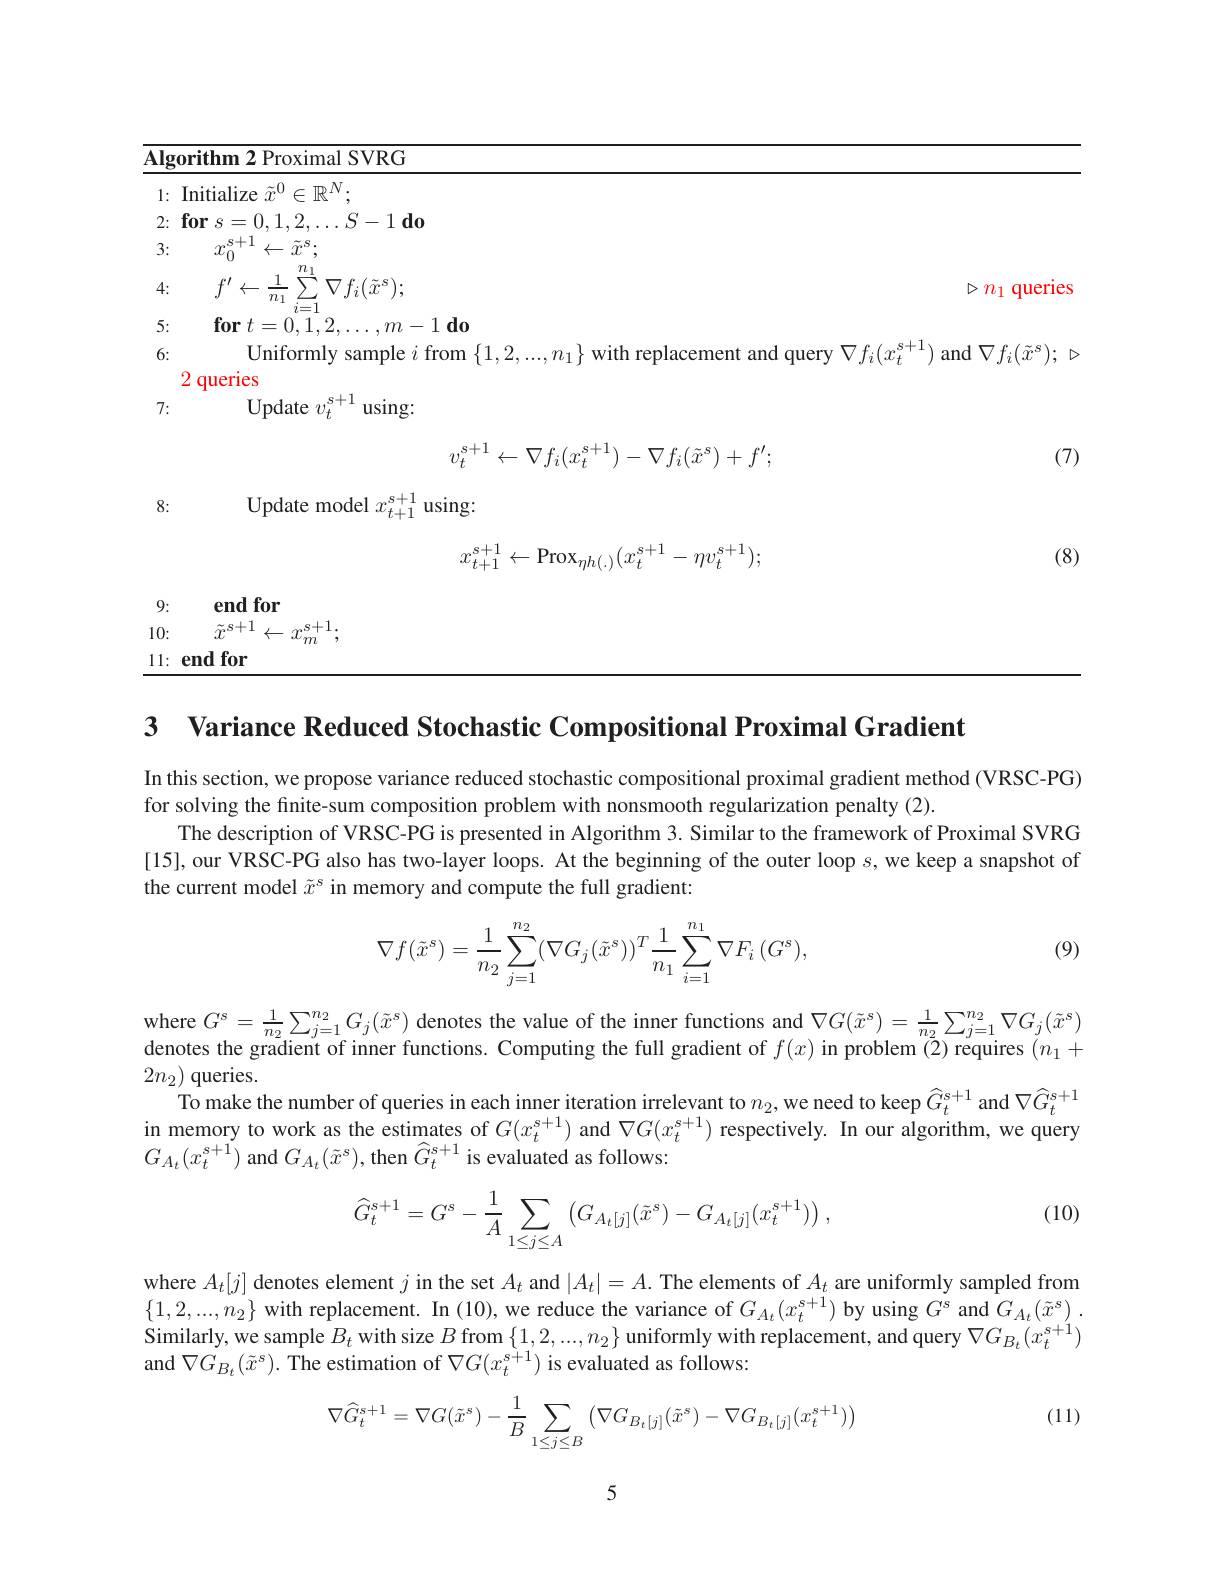
<table>
	<tbody>
		<tr>
			<td>Ini 1:</td>
			<td> </td>
		</tr>
		<tr>
			<td>3:</td>
			<td> </td>
		</tr>
		<tr>
			<td>4:</td>
			<td>$D$ $n_1$ $quer1es$</td>
		</tr>
		<tr>
			<td>5:</td>
			<td> </td>
		</tr>
		<tr>
			<td>6:</td>
			<td>$s+1$ lery $\nabla f_{i}(x)$ and $\nabla f_{i}(\tilde{x}^{\mathrm{s}}$</td>
		</tr>
		<tr>
			<td>8:</td>
			<td> </td>
		</tr>
		<tr>
			<td> </td>
			<td>(8</td>
		</tr>
	</tbody>
</table>

9:
end for

10:
$\tilde{x}^{s+1}\leftarrow x_{m}^{s+1}$,
11: end for

3 Variance Reduced Stochastic Compositional Proximal Gradient

In this section, we propose variance reduced stochastic compositional proximal gradient method (VRSC-PG)
for solving the finite-sum composition problem with nonsmooth regularization penalty (2).
The description of VRSC-PG is presented in Algorithm 3. Similar to the framework of Proximal SVRG [15], our VRSC-PG also has two-layer loops. At the beginning of the outer loop $s$,we keep a snapshot of the current model $\tilde{x}^s$ in memory and compute the full gradient:

(9)
$$\nabla f(\tilde{x}^{s})=\dfrac{1}{n_{2}}\sum_{j=1}^{n_{2}}(\nabla G_{j}(\tilde{x}^{s}))^{T}\dfrac{1}{n_{1}}\sum_{i=1}^{n_{1}}\nabla F_{i}\:(G^{s}),$$
where $G^{\mathrm{s}}=\frac1{n_2}\sum_{j=1}^{n_2}G_j(\tilde{x}^{\mathrm{s}})$ denotes the value of the inner functions and $\nabla G(\tilde{x}^{\mathrm{s}})=\frac1{n_2}\sum_{j=1}^{n_2}\nabla G_j(\tilde{x}^{\mathrm{s}})$ denotes the gradient of inner functions. Computing the full gradient of $f(x)$ in problem $(\tilde{2})$ requires $(n_1+$ $2n_2)$ queries.
To make the number of queries in each inner iteration irrelevant to $n_2$,we need to keep $\widehat G_t^{\mathrm{s}+1}$ and $\nabla\widehat G_t^{\mathrm{s}+1}$ in memory to work as the estimates of $G(x_t^{s+1})$ and $\nabla G(x_t^{s+1})$ respectively. In our algorithm, we query $G_{A_{t}}(x_{t}^{s+1})$ and $G_{A_{t}}(\tilde{x}^{\mathrm{s}})$, then $\hat{G}_{t}^{\mathrm{s+1}}$ is evaluated as follows:

(10)
$$\widehat{G}_{t}^{s+1}=G^{s}-\dfrac{1}{A}\sum\limits_{1\leq j\leq A}\left(G_{A_{t}[j]}(\tilde{x}^{s})-G_{A_{t}[j]}(x_{t}^{s+1})\right),$$
where $A_t[j]$ denotes element $j$ in the set $A_t$ and $|A_t|=A.$ The elements of $A_t$ are uniformly sampled from $\{1,2,...,n_{2}\}$ with replacement. In (10), we reduce the variance of $G_{A_t}(x_t^{s+1})$ by using $G^\mathrm{s}$ and $G_A_t(\tilde{x}^\mathrm{s})\:.$ Similarly, we sample $B_t$ with size $B$ from $\{1,2,...,n_2\}$ uniformly with replacement, and query $\nabla G_{B_t}(x_t^{s+1})$ and $\nabla G_{B_t}(\tilde{x}^{s}).$ The estimation of $\nabla G(x_t^{s+1})$ is evaluated as follows:

(11)
$$\nabla\widehat{G}_{t}^{s+1}=\nabla G(\tilde{x}^{s})-\frac{1}{B}\sum_{1\leq j\leq B}\bigl(\nabla G_{B_{t}[j]}(\tilde{x}^{s})-\nabla G_{B_{t}[j]}(x_{t}^{s+1})\bigr)$$
5